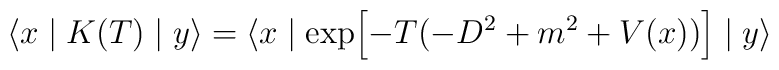
\langle x\mid K(T) \mid y\rangle =\langle x\mid\exp\Bigl[-T\bigl(-D^2 + m^2 + V(x)\bigr)\Bigr]\mid y\rangle